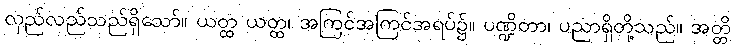
လှည်လည်သည်ရှိသော်။ ယတ္ထ ယတ္ထ၊ အကြင်အကြင်အရပ်၌။ ပဏ္ဍိတာ၊ ပညာရှိတို့သည်။ အတ္တိ